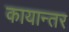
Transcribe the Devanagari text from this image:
कायान्तर